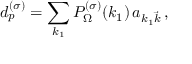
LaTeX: d _ { p } ^ { ( \sigma ) } = \sum _ { k _ { 1 } } { \cal P } _ { \Omega } ^ { ( \sigma ) } ( k _ { 1 } ) \, a _ { k _ { 1 } { \vec { k } } } \, ,